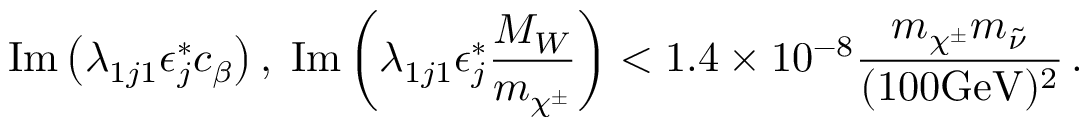
\mathrm { I m } \left( \lambda _ { 1 j 1 } \epsilon _ { j } ^ { * } c _ { \beta } \right) , \; \mathrm { I m } \left( \lambda _ { 1 j 1 } \epsilon _ { j } ^ { * } { \frac { M _ { W } } { m _ { \chi ^ { \pm } } } } \right) < 1 . 4 \times 1 0 ^ { - 8 } { \frac { m _ { \chi ^ { \pm } } m _ { \tilde { \nu } } } { ( 1 0 0 \mathrm { G e V } ) ^ { 2 } } } \, .